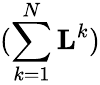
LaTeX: (\sum_{k=1}^{N}\mathbf{L}^{k})